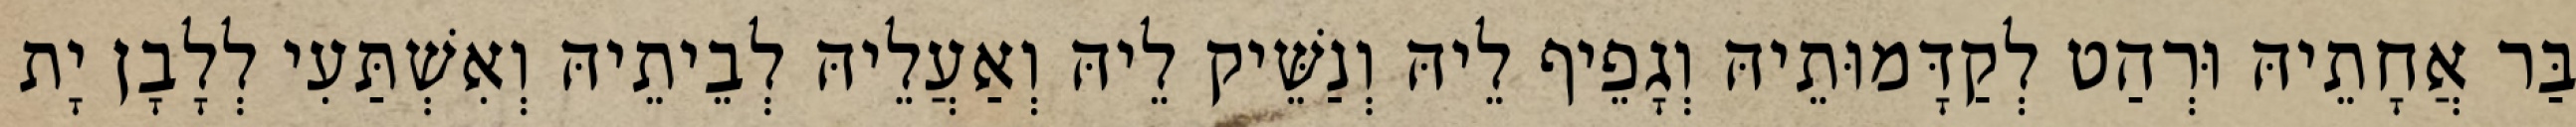
בַּר אֲחָתֵיהּ וּרְהַט לְקַדָּמוּתֵיהּ וְגָפֵיף לֵיהּ וְנַשֵּׁיק לֵיהּ וְאַעֲלֵיהּ לְבֵיתֵיהּ וְאִשְׁתַּעִי לְלָבָן יָת